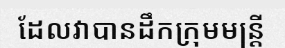
ដែលវាបានដឹកក្រុមមន្ត្រី